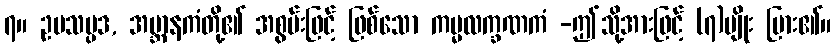
၇။ ဥပသမ္ပဒ, အဗ္ဘာနကံတို့၏ အစွမ်းဖြင့် ဖြစ်သော ကမ္မလက္ခဏကံ -ဤသို့အားဖြင့် (၇)မျိုး ပြား၏။